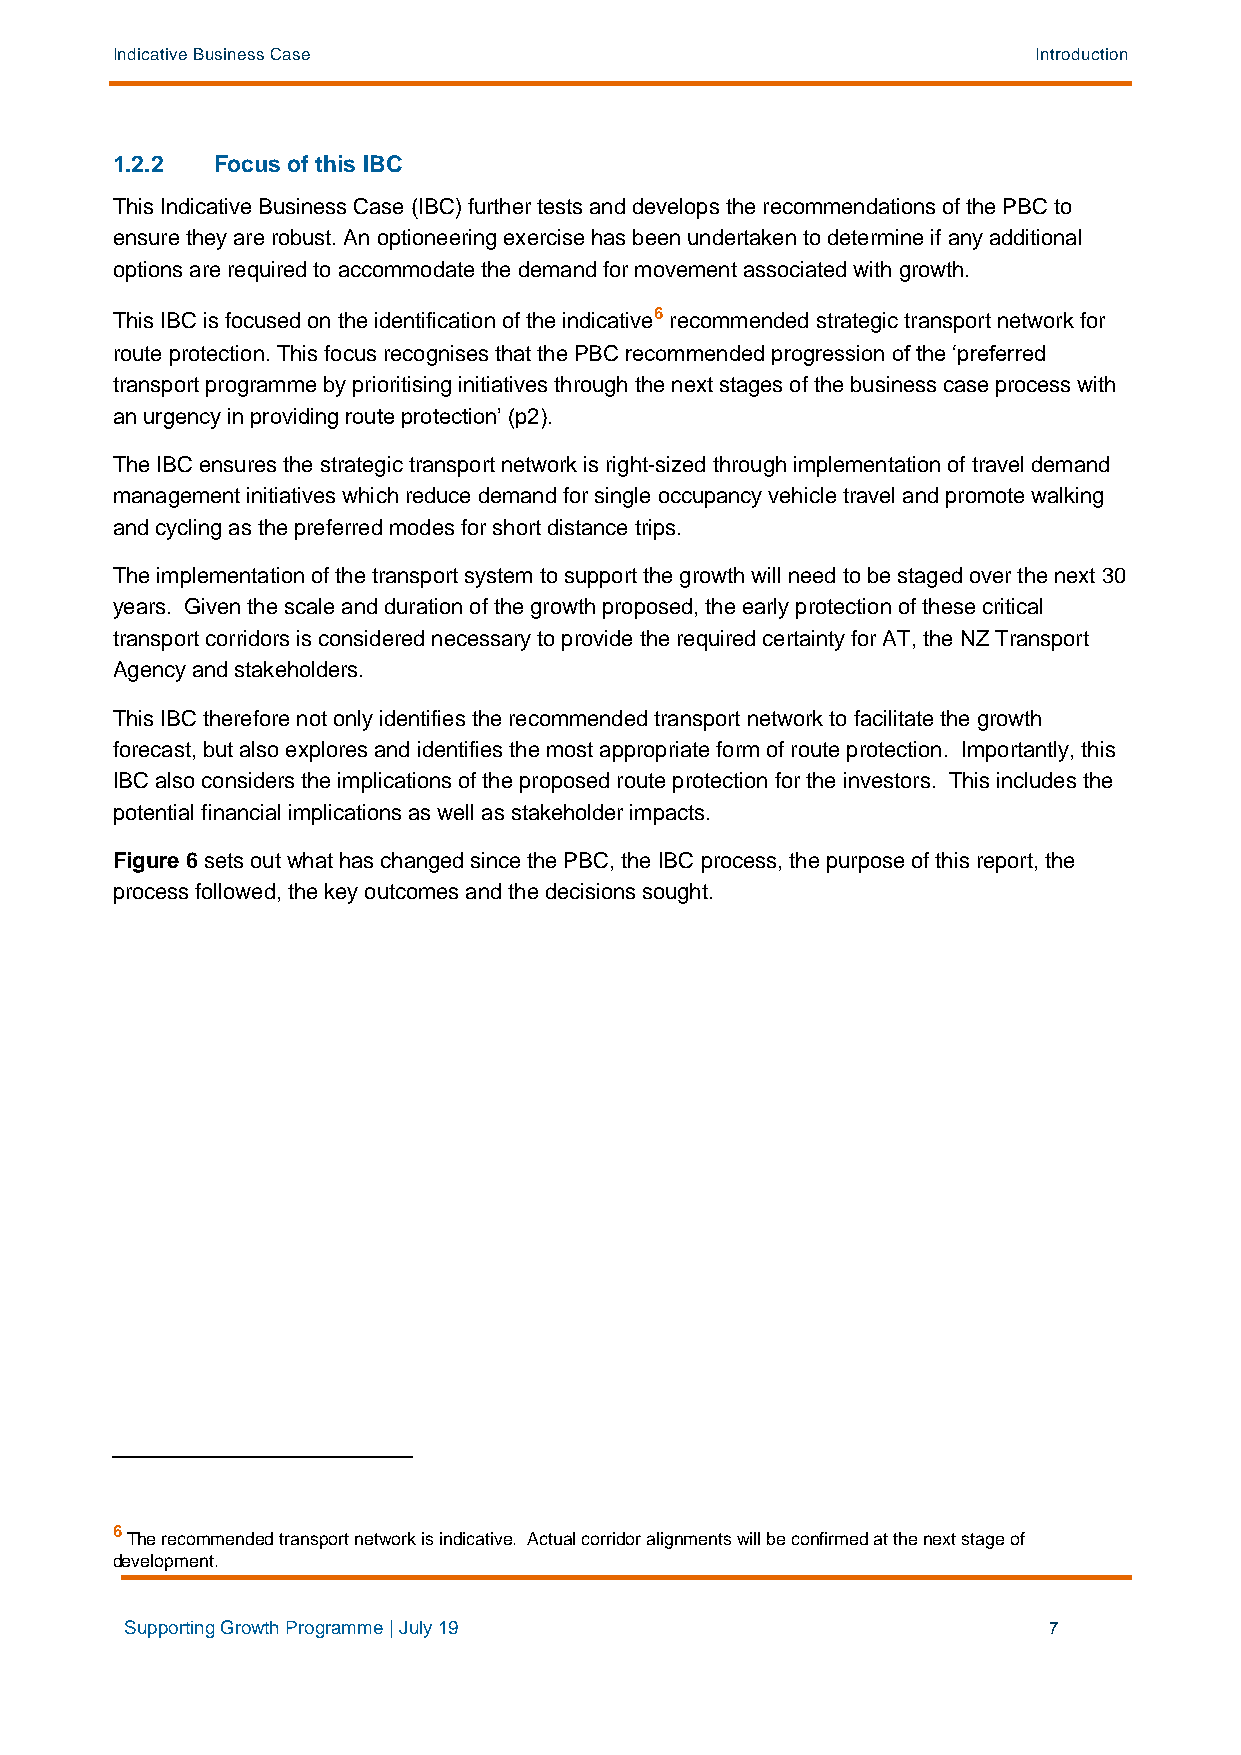
Indicative Business Case                                      Introduction
 1.2.2  Focus of this IBC
 This Indicative Business Case (IBC) further tests and develops the recommendations of the PBC to
 ensure they are robust. An optioneering exercise has been undertaken to determine if any additional
 options are required to accommodate the demand for movement associated with growth.
 This IBC is focused on the identification of the indicative6 recommended strategic transport network for
 route protection. This focus recognises that the PBC recommended progression of the ‘preferred
 transport programme by prioritising initiatives through the next stages of the business case process with
 an urgency in providing route protection’ (p2).
 The IBC ensures the strategic transport network is right-sized through implementation of travel demand
 management initiatives which reduce demand for single occupancy vehicle travel and promote walking
 and cycling as the preferred modes for short distance trips.
 The implementation of the transport system to support the growth will need to be staged over the next 30
 years. Given the scale and duration of the growth proposed, the early protection of these critical
 transport corridors is considered necessary to provide the required certainty for AT, the NZ Transport
 Agency and stakeholders.
 This IBC therefore not only identifies the recommended transport network to facilitate the growth
 forecast, but also explores and identifies the most appropriate form of route protection. Importantly, this
 IBC also considers the implications of the proposed route protection for the investors. This includes the
 potential financial implications as well as stakeholder impacts.
 Figure 6 sets out what has changed since the PBC, the IBC process, the purpose of this report, the
 process followed, the key outcomes and the decisions sought.
 6
 The recommended transport network is indicative. Actual corridor alignments will be confirmed at the next stage of
 development.
 Supporting Growth Programme | July 19                        7